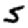
Digit: 5